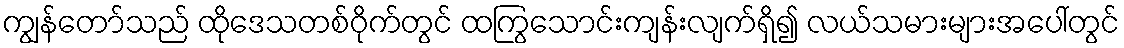
ကျွန်တော်သည် ထိုဒေသတစ်ဝိုက်တွင် ထကြွသောင်းကျန်းလျက်ရှိ၍ လယ်သမားများအပေါ်တွင်